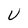
Character: U